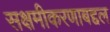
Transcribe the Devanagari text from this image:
सक्षमीकरणाबद्दल